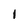
Character: 1